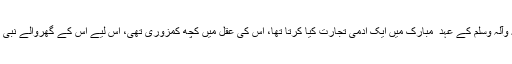
سیدنا انس بن مالک ‌رضی ‌اللہ ‌عنہ سے روایت ہے کہ رسول اللہ ‌صلی ‌اللہ ‌علیہ ‌وآلہ ‌وسلم کے عہد ِ مبارک میں ایک آدمی تجارت کیا کرتا تھا، اس کی عقل میں کچھ کمزوری تھی، اس لیے اس کے گھروالے نبی کریم ‌صلی ‌اللہ ‌علیہ ‌وآلہ ‌وسلم کے پاس آئے اور کہنے لگے کہ اللہ کے رسول!